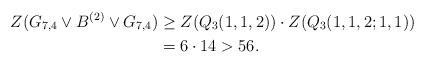
LaTeX: \begin{align*} Z(G_{7,4}\vee B^{(2)}\vee G_{7,4})&\geq Z(Q_3(1,1,2))\cdot Z(Q_3(1,1,2;1,1))\\&=6\cdot 14>56. \end{align*}